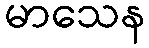
မာသေန